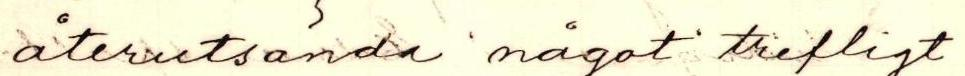
återutsända något trefligt